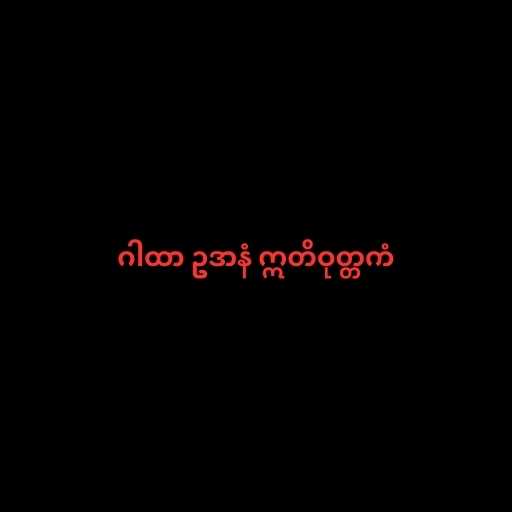
ဂါထာ ဥဒာနံ ဣတိဝုတ္တကံ